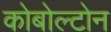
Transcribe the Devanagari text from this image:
कोबोल्टोन